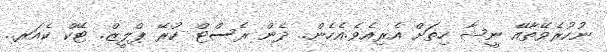
ނުކުރެވޭތާއޭ ނީޝާ ހިތަށް އެރިއެވެ.އެހެން.. ދެން ރެސްޓް ކުރޭ ޕްލީޒް. ޓޭކް ކެއަރ..